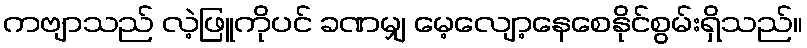
ကဗျာသည် လဲ့ဖြူကိုပင် ခဏမျှ မေ့လျော့နေစေနိုင်စွမ်းရှိသည်။